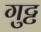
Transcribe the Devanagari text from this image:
गुट्ट